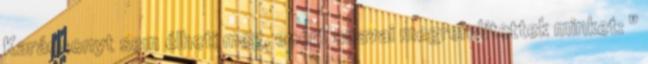
Karácsonyt sem élheti meg, ezért szavai megrendítettek minket: "